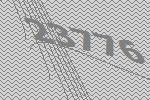
23776